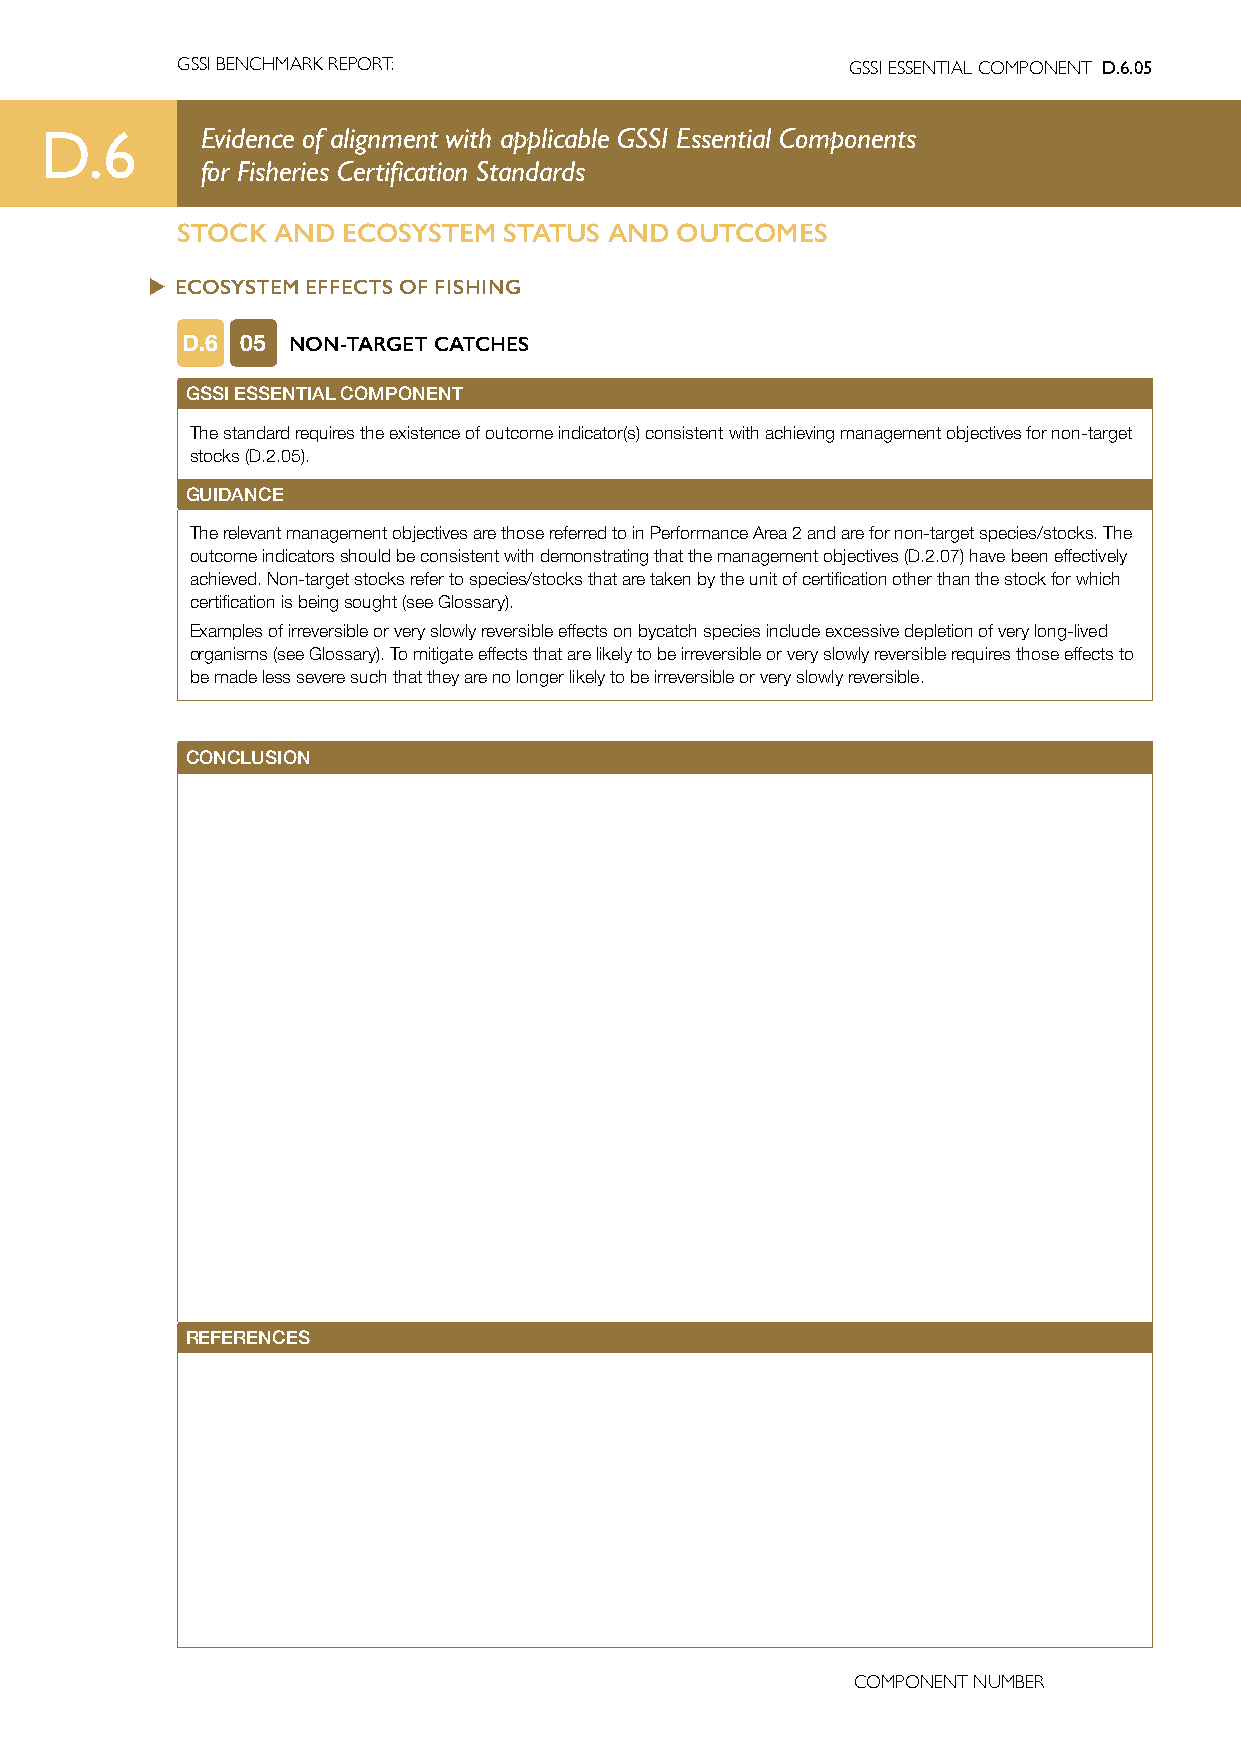
GSSI BENCHMARK REPORT:                      GSSI ESSENTIAL COMPONENT D.6.05
 D.6       Evidence of alignment with applicable GSSI Essential Components
 for Fisheries Certification Standards
 STOCK AND  ECOSYSTEM STATUS AND  OUTCOMES
 u ECOSYSTEM EFFECTS OF FISHING
 D.6 05 NON-TARGET CATCHES
 GSSI ESSENTIAL COMPONENT
 The standard requires the existence of outcome indicator(s) consistent with achieving management objectives for non-target
 stocks (D.2.05).
 GUIDANCE
 The relevant management objectives are those referred to in Performance Area 2 and are for non-target species/stocks. The
 outcome indicators should be consistent with demonstrating that the management objectives (D.2.07) have been effectively
 achieved. Non-target stocks refer to species/stocks that are taken by the unit of certification other than the stock for which
 certification is being sought (see Glossary).
 Examples of irreversible or very slowly reversible effects on bycatch species include excessive depletion of very long-lived
 organisms (see Glossary). To mitigate effects that are likely to be irreversible or very slowly reversible requires those effects to
 be made less severe such that they are no longer likely to be irreversible or very slowly reversible.
 CONCLUSION
 REFERENCES
 COMPONENT NUMBER